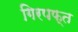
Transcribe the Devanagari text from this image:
गिरपफ्त